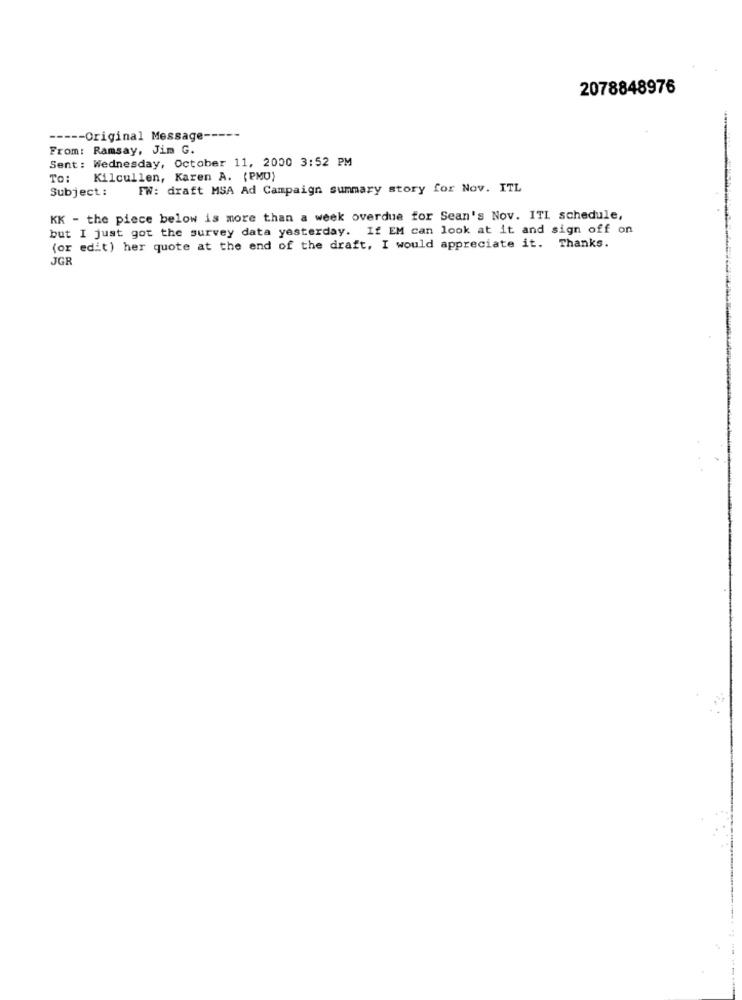
2078848976
----- Original Message-
From: Ramsay, Jim G.
Sent: Wednesday, October 11, 2000 3:52 PM
To:
Kilcullen, Karen A. (PMO)
Subject:
FW: draft MSA Ad Campaign summary story for Nov. ITL
KK - the piece below is more than a week overdue for Sean's Nov. ITL schedule,
but I just got the survey data yesterday. If EM can look at it and sign off on
(or edit) her quote at the end of the draft, I would appreciate it. Thanks.
JGR